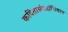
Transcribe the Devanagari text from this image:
कवितासंग्रहांशिवाय